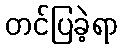
တင်ပြခဲ့ရာ